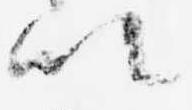
以